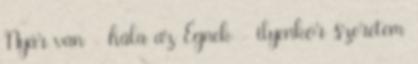
Nyár van - hála az Égnek - ilyenkor szeretem